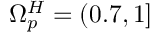
\Omega _ { p } ^ { H } = ( 0 . 7 , 1 ]